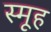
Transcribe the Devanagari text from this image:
स्मूह